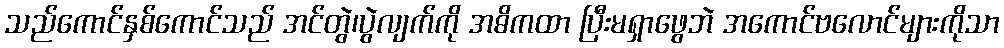
သည်ကောင်နှစ်ကောင်သည် အင်တွဲ၊ပွဲလျက်ကို အဓိကထာ ပြီးမရှာဖွေဘဲ အကောင်ဗလောင်များကိုသာ